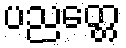
ပညတ္တေ